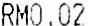
RM0.02